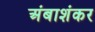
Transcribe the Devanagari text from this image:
अंबाशंकर